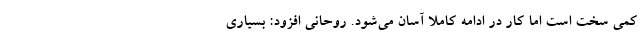
کمی سخت است اما کار در ادامه کاملا آسان می‌شود. روحانی افزود: بسیاری